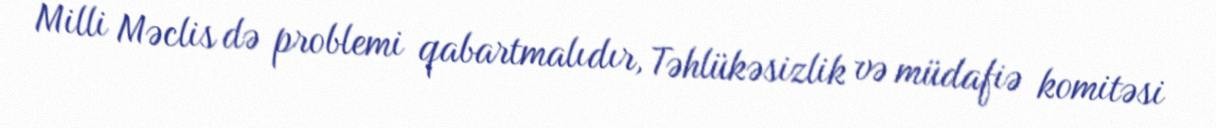
Milli Məclis də problemi qabartmalıdır, Təhlükəsizlik və müdafiə komitəsi